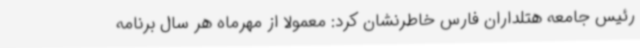
رئیس جامعه هتلداران فارس خاطرنشان کرد: معمولا از مهرماه هر سال برنامه